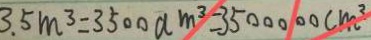
3 . 5 m ^ { 3 } = 3 5 0 0 a m ^ { 3 } = 3 5 0 0 0 0 0 c m ^ { 3 }